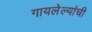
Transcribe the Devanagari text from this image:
गायलेल्यांची